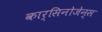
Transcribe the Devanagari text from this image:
कार्सिनोजेन्स